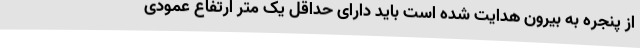
از پنجره به بیرون هدایت شده است باید دارای حداقل یک متر ارتفاع عمودی